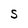
Character: S